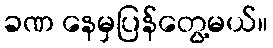
ခဏ နေမှပြန်တွေ့မယ်။